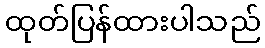
ထုတ်ပြန်ထားပါသည်